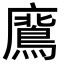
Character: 𭚊